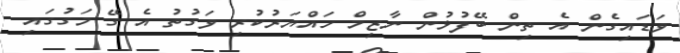
ވަޑައިގެން އެ ތިން ބޭފުޅުން ނާޒިމް ހައްޔަރުކުރި ވަގުތު އެ ގޭ މަގުގައި